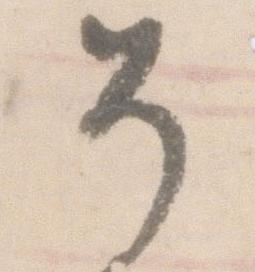
そ